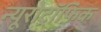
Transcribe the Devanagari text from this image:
न्यूरोट्रॉफ़िक